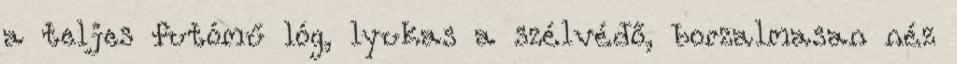
a teljes futómű lóg, lyukas a szélvédő, borzalmasan néz